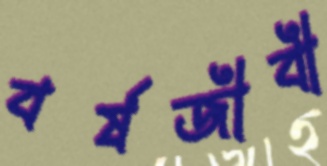
বর্ষজীবী